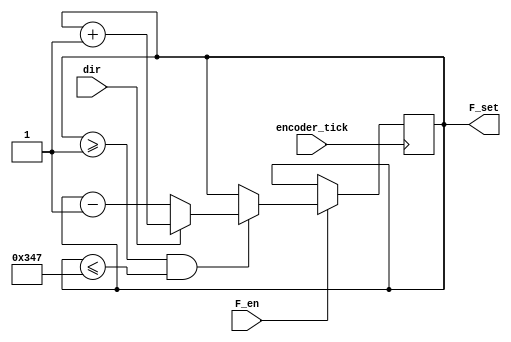
//needs to be modified to output f (figure out where output goes)

module fCounter(encoder_tick, dir, F_en, F_set);

input encoder_tick, dir, F_en;
output reg [9:0] F_set;


initial
	begin
		F_set <= 10'b0000000001;	
	end



always @ (posedge encoder_tick) 
	begin				
		if (F_en)
			begin
				if (F_set >= 10'b0000000001 && F_set <= 10'b1101000111)
				
					begin
						if (dir)      
							begin 
								F_set <= F_set + 10'b0000000001;			
							end
						else	
							begin
								F_set <= F_set - 10'b0000000001;			
							end
					end
			end
	end

	
endmodule